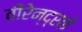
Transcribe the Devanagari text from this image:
वीरेन्द्रके